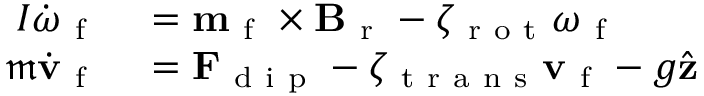
\begin{array} { r l } { I \dot { \boldsymbol { \omega } } _ { \mathrm { ~ f ~ } } } & { { } = \mathbf { m } _ { \mathrm { ~ f ~ } } \times \mathbf { B } _ { \mathrm { ~ r ~ } } - \zeta _ { \mathrm { ~ r ~ o ~ t ~ } } \boldsymbol { \omega } _ { \mathrm { ~ f ~ } } } \\ { \mathfrak { m } \dot { \mathbf { v } } _ { \mathrm { ~ f ~ } } } & { { } = \mathbf { F } _ { \mathrm { ~ d ~ i ~ p ~ } } - \zeta _ { \mathrm { ~ t ~ r ~ a ~ n ~ s ~ } } \mathbf { v } _ { \mathrm { ~ f ~ } } - g \hat { \mathbf { z } } } \end{array}